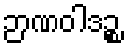
ဉာဏဝါဒဉ္စ